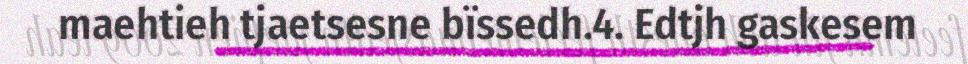
maehtieh tjaetsesne bïssedh.4. Edtjh gaskesem